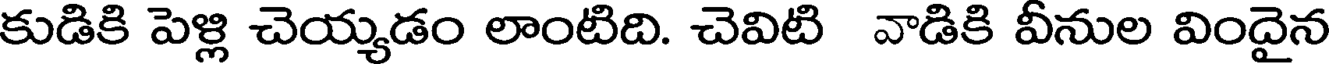
కుడికి పెళ్లి చెయ్యడం లాంటిది. చెవిటి వాడికి వీనుల విందైన